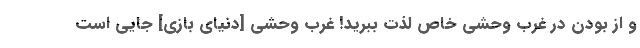
و از بودن در غرب وحشی خاص لذت ببرید! غرب وحشی [دنیای بازی] جایی است